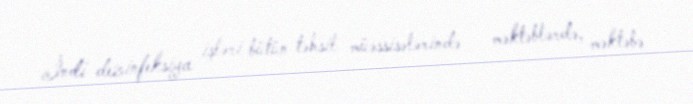
İndi dezinfeksiya işləri bütün təhsil müəssisələrində - məktəblərdə, məktəbə